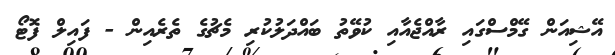
އޭޝިއަން ގޭމްސްގައި ރާއްޖެއާއި ކުވޭތު ބައްދަލުކުރި މެޗުގެ ތެރެއިން - ފައިލް ފޮޓޯ